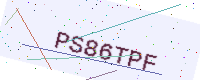
Text: PS86TPF